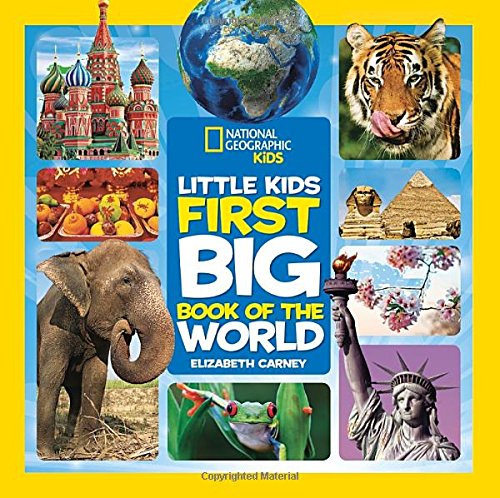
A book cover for National Geographic Little Kids First Big Book of the World (National Geographic Little Kids First Big Books); Elizabeth Carney; Children's Books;